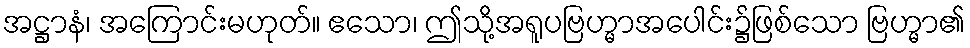
အဋ္ဌာနံ၊ အကြောင်းမဟုတ်။ ဧသော၊ ဤသို့အရူပဗြဟ္မာအပေါင်း၌ဖြစ်သော ဗြဟ္မာ၏